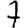
Digit: 7